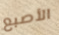
الأصبع